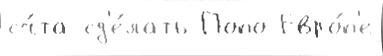
сч́та сд'е́лать Попо Евро́п'е